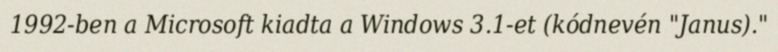
1992-ben a Microsoft kiadta a Windows 3.1-et (kódnevén "Janus)."